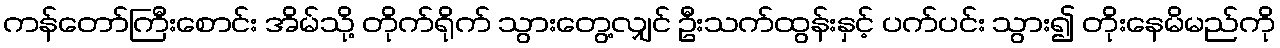
ကန်တော်ကြီးစောင်း အိမ်သို့ တိုက်ရိုက် သွားတွေ့လျှင် ဦးသက်ထွန်းနှင့် ပက်ပင်း သွား၍ တိုးနေမိမည်ကို